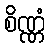
စိဏ္ဏံ